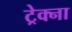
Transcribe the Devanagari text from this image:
ट्रेक्ना